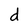
Character: d